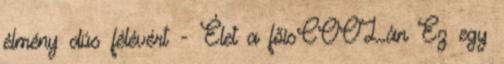
élmény dús félévért - Élet a főisCOOLán Ez egy